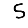
Digit: 5